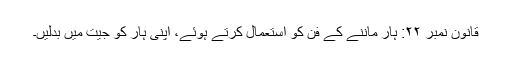
قانون نمبر ۲۲: ہار ماننے کے فن کو استعمال کرتے ہوئے، اپنی ہار کو جیت میں بدلیں۔